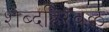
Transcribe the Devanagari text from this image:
शब्दहिरवळ